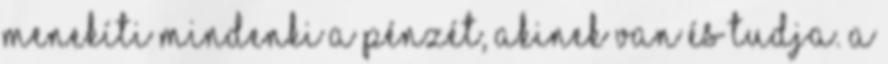
menekíti mindenki a pénzét, akinek van és tudja. A